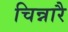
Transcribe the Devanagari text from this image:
चिन्नारै